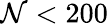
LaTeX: \mathcal{N}<200